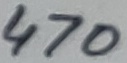
Text: 470